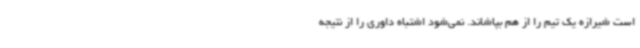
است شیرازه یک تیم را از هم بپاشاند. نمی‌شود اشتباه داوری را از نتیجه